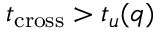
t _ { \mathrm { c r o s s } } > t _ { u } ( q )